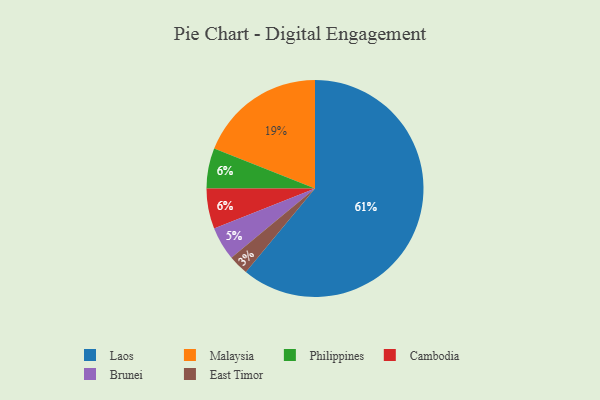
{"axis": {"x": "Category", "y": "Percentage"}, "legend": ["Brunei", "Cambodia", "East Timor", "Laos", "Malaysia", "Philippines"], "data": [{"x": "Philippines", "y": 6, "type": "Philippines"}, {"x": "Laos", "y": 61, "type": "Laos"}, {"x": "Brunei", "y": 5, "type": "Brunei"}, {"x": "Cambodia", "y": 6, "type": "Cambodia"}, {"x": "East Timor", "y": 3, "type": "East Timor"}, {"x": "Malaysia", "y": 19, "type": "Malaysia"}]}